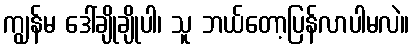
ကျွန်မ ဒေါ်ချိုချိုပါ၊ သူ ဘယ်တော့ပြန်လာပါမလဲ။